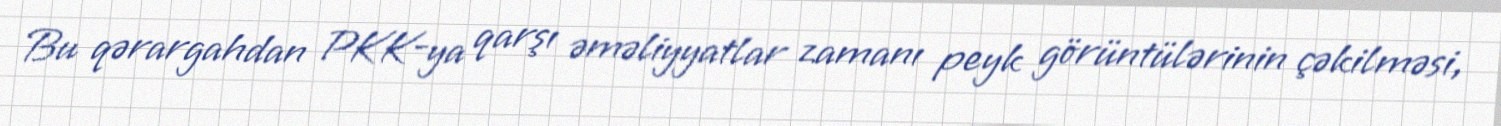
Bu qərargahdan PKK-ya qarşı əməliyyatlar zamanı peyk görüntülərinin çəkilməsi,